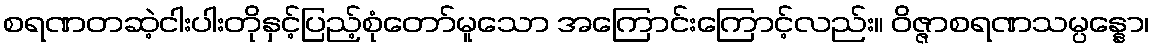
စရဏတဆဲ့ငါးပါးတိုနှင့်ပြည့်စုံတော်မူသော အကြောင်းကြောင့်လည်း။ ဝိဇ္ဇာစရဏသမ္ပန္နော၊